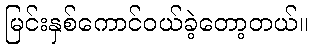
မြင်းနှစ်ကောင်ဝယ်ခဲ့တော့တယ်။